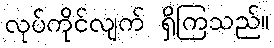
လုပ်ကိုင်လျက် ရှိကြသည်။